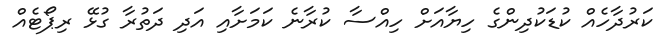
ކަރުދާހެއް ކުޑަކުދިންގެ ހިޔާއަށް ހިއްސާ ކުރާނެ ކަމަށާއި އަދި ދަތުރާ ގުޅޭ ރިޕޯޓެއް